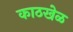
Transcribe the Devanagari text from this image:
काठखेळ